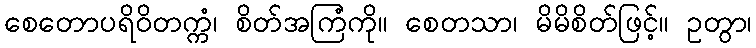
စေတောပရိဝိတက္ကံ၊ စိတ်အကြံကို။ စေတသာ၊ မိမိစိတ်ဖြင့်။ ဥတွာ၊